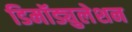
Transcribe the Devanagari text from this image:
डिमॉड्युलेशन